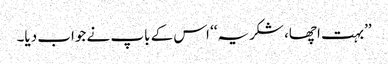
’’بہت اچھا، شکریہ‘‘ اس کے باپ نے جواب دیا۔